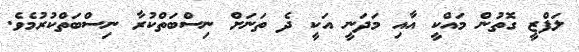
ލަފްޒީ ގޮތުން މައްކީ އާއި މަދަނީ އަކީ ދެ ތަނަށް ނިސްބަތްކުރާ ނިސްބަތްކުރުމެވެ.